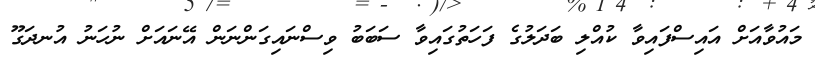
މައުވާއަށް އައިސްފައިވާ ކުއްލި ބަދަލުގެ ފަހަތުގައިވާ ސަބަބު ވިސްނައިގަންނަން އޭނައަށް ނުހަނު އުނދަގޫ